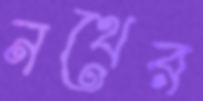
নথের